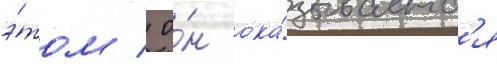
э́том / о́н ока́зываетс'я